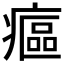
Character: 𤹪